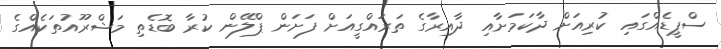
ސްޕީޑެއްގައި ކުރިއަށް ދާކަމަށާއި ދާއިރާގެ ތަރައްގީއަށް ފަށަން ޕްލޭން ކުރާ ބޮޑެތި މަޝްރޫއުތަކެއްގެ